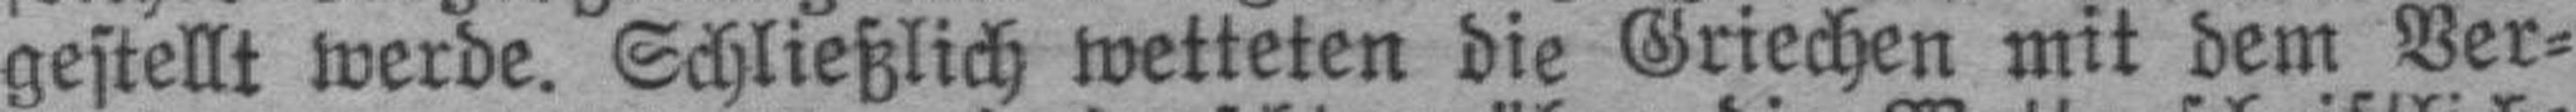
gestellt werde. Schließlich wetteten die Griechen mit dem Ver¬